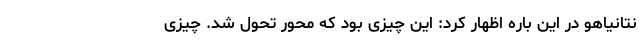
نتانیاهو در این باره اظهار کرد: این چیزی بود که محور تحول شد. چیزی